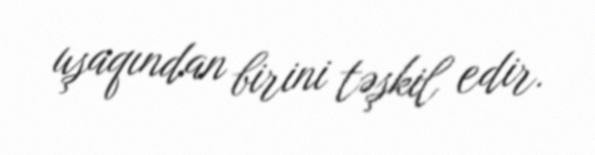
uşaqından birini təşkil edir.